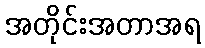
အတိုင်းအတာအရ